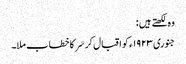
وہ لکھتے ہیں :
جنوری ١٩٢٣ء کو اقبال کر سَر کا خطاب ملا۔